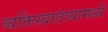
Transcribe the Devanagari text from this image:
व्यक्तिस्वातंत्र्यामध्ये